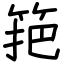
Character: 筢